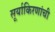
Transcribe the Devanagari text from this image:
सूर्याकिरणांची